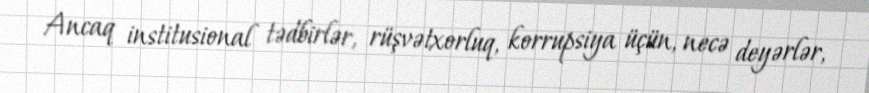
Ancaq institusional tədbirlər, rüşvətxorluq, korrupsiya üçün, necə deyərlər,